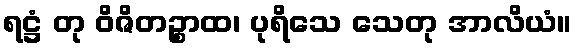
ရဋ္ဌံ တု ဝိဇိတဉ္စာထ၊ ပုရိသေ သေတု အာလိယံ။